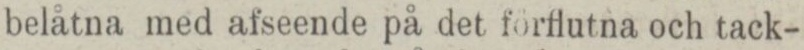
belåtna med afseende på det förflutna och tack-